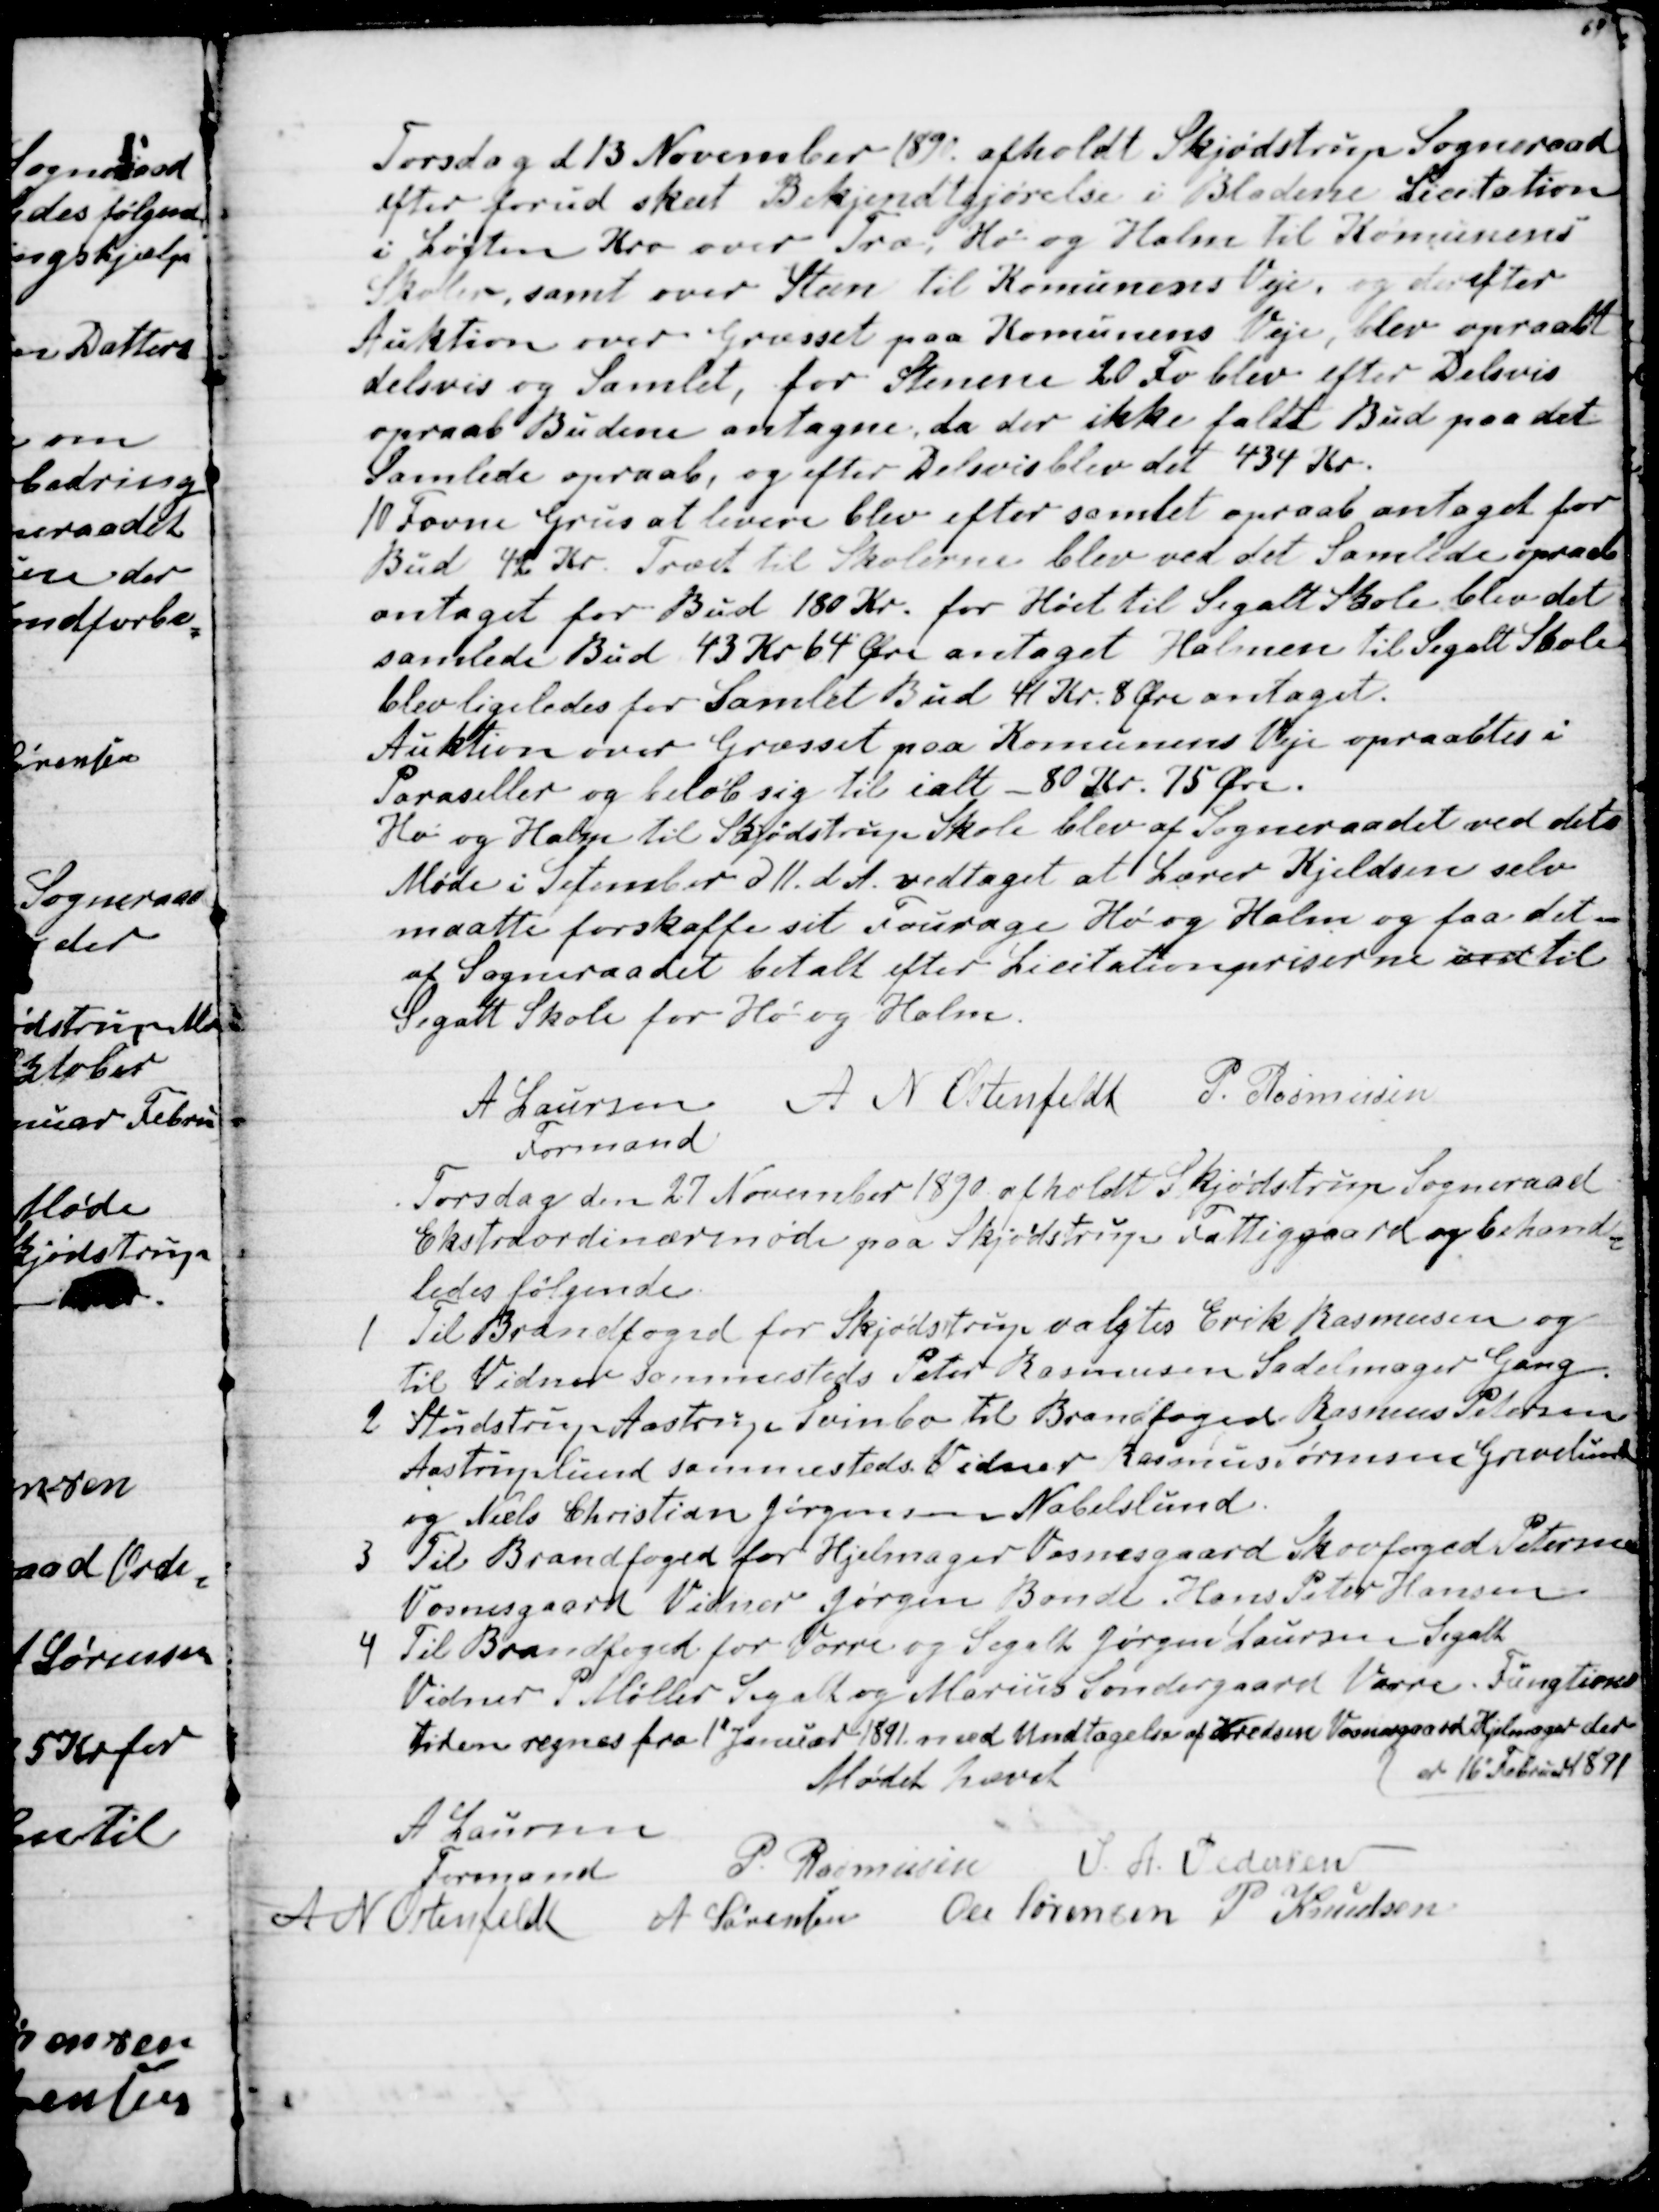
Transskription:
Torsdag d 13 November 1890 afholdt Skjødstrup Sogneraad
efter forud sket Bekjendtgørelse i Bladene Licitation
i Løgten Kro over Træ, Hø og Halm til Komunens
Skoler, samt over Steen til Komunens Veje, og derefter
Auktion over Græsset paa Komunens Veje, blev opraabt
delsvis og Samlet, for Stenene 20 Fv blev efter Delsvis
opraab Budene antagne, da der ikke faldt Bud paa det
Samlede opraab, og efter Delsvis blev det 434 Kr.
10 Favne Grus at levere blev efter samtet opraab antaget for
Bud 42 Kr. Træet til Skolerne blev ved det Samlede opraab
antaget for Bud 180 Kr. for Høet til Segalt Skole blev det
samlede Bud 43 Kr 64 Øre antaget Halmen til Segalt Skole
blev ligeledes for Samlet Bud 44 Kr. 8 Øre antaget.
Auktion over Græsset paa Komunens Veje opraabtes i
Paraseller og beløb sig til ialt - 80 Kr. 75 Øre.
Hø og Halm til Skjødstrup Skole blev af Sogneraadet ved dets
Møde i Setember d 11. d. A. vedtaget at Lærer Kjeldsen selv
maatte forskaffe sit Fourage Hø og Halm og faa det
af Sogneraadet betalt efter Licitationpriserne ved til
Segalt Skole for Hø og Halm.
A Laursen
Formand
A N Ostenfeldt P. Rasmussen
Torsdag den 27 November 1890 afholdt Skjødstrup Sogneraad
Ekstraordinærmøde paa Skjødstrup Fattiggaard og behand-
ledes følgende.
1
Til Brandfoged for Skjødstrup valgtes Erik Rasmussen og
til Vidner sammesteds Peter Rasmussen Sadelmager Gang.
2
Studstrup Aastrup Svinbo til Brandfoged Rasmus Petersen
Aastruplund sammesteds Vidner Rasmus Sørensen Grevelund
og Niels Christian Jørgensen Nabelslund.
3
Til Brandfoged for Hjelmager Vosnesgaard Skovfoged Petersen
Vosnesgaard Vidner Jørgen Bonde Hans Peter Hansen
4 Til Brandfoged for Vorre og Segalt Jørgen Laursen i Segalt
Vidner P Møller Segalt og Marius Søndergaard Vorre. Fungtions-
tiden regnes fra 1' Januar 1891 med Undtagelse af Kredsen Vosnesgaard Hjelmager der
er 16' Februar 1891
Mødet hævet
A Laursen
Formand
P. Rasmussen
S. A. Pedersen
A N Ostenfeldt
A Sørensen Ole Sørensen P Knudsen